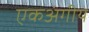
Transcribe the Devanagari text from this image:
एकअंगीय